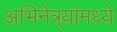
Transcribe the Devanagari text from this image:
अभिनेत्र्यांमध्ये